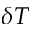
\delta T